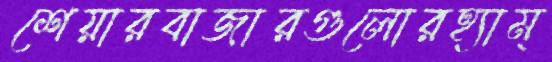
শেয়ারবাজারগুলোরহ্যাম্